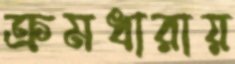
ক্রমধারায়